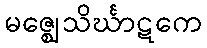
မဇ္ဈေသိင်္ဃာဋကေ